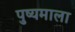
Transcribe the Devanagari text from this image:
पुष्यमाला